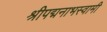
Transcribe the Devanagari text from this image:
श्रीपद्मनाभस्वामी